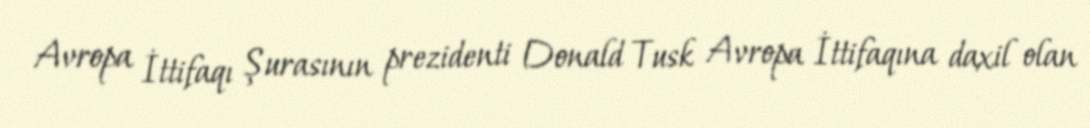
Avropa İttifaqı Şurasının prezidenti Donald Tusk Avropa İttifaqına daxil olan